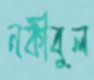
নকীবুল